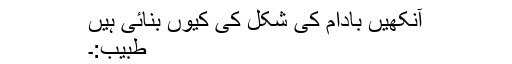
آنکھیں بادام کی شکل کی کیوں بنائی ہیں
طبیب:۔